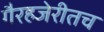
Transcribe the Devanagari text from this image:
गैरहजेरीतच